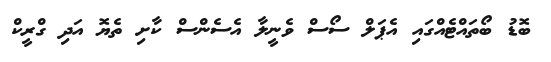
ބޮޑު ބޯތައްޓެއްގައި އެޕަލް ސޯސް ވެނީލާ އެސެންސް ކާށި ތެޔޮ އަދި ގްރީކް